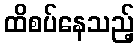
ထိစပ်နေသည့်